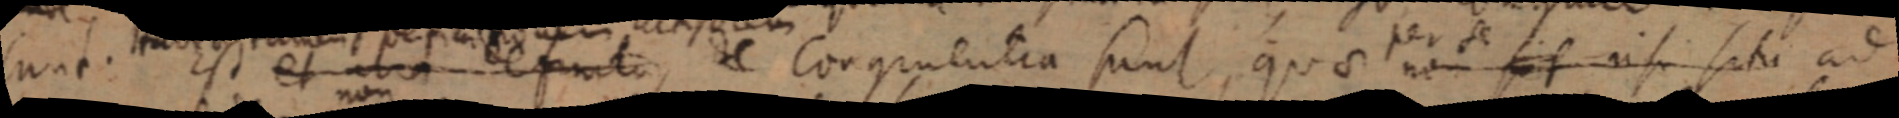
sunt. Est et alia set _ de Congruentia sunt, quae non sit nisi situ ad